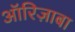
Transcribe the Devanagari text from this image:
ऑरिज़ाबा